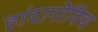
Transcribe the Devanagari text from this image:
हांदानोविच